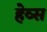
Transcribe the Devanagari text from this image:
हेव्स